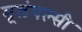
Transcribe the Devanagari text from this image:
मूलंपल्सी